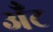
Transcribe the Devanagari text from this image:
अँट